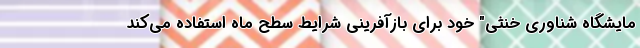
مایشگاه شناوری خنثی" خود برای بازآفرینی شرایط سطح ماه استفاده می‌کند